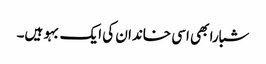
شبارا بھی اسی خاندان کی ایک بہو ہیں۔